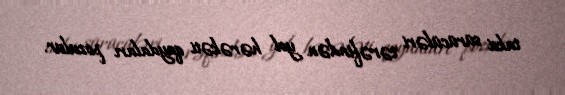
taksi sürücüləri tərəfindən yol hərəkəti qaydaları pozulur.